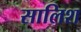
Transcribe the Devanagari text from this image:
सालिश